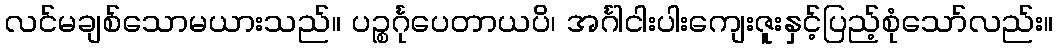
လင်မချစ်သောမယားသည်။ ပဉ္စင်္ဂုပေတာယပိ၊ အင်္ဂါငါးပါးကျေးဇူးနှင့်ပြည့်စုံသော်လည်း။